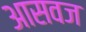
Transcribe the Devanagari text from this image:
आसवज